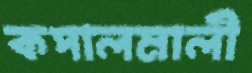
কপালমালী